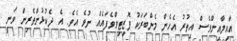
އާއިލާއިންވެސް އިތުރު އެހެން މެންބަރަކު ޕޮޒިޓިވްވެފައެއް ނުވެ އެވެ. އެ ދެކުޅުންތެރިން ވަނީ